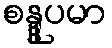
စန္ဒူပမာ